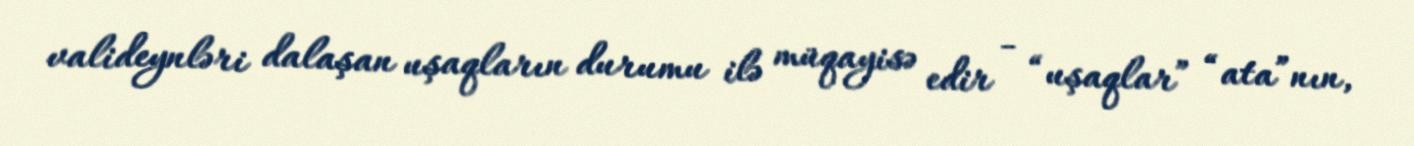
valideynləri dalaşan uşaqların durumu ilə müqayisə edir - “uşaqlar” “ata”nın,